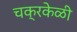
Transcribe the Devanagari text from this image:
चक्रकेळी